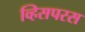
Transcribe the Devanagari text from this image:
व्हिसपरस